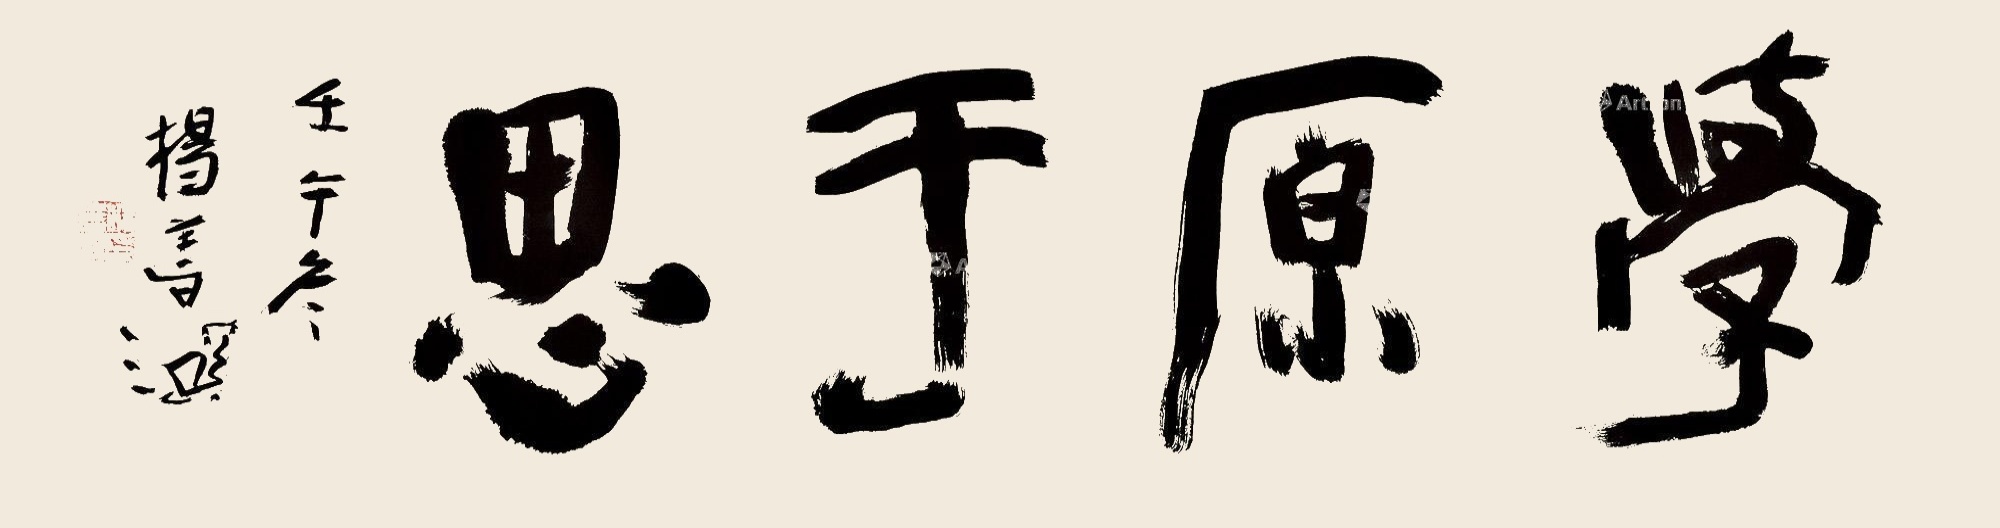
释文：学原于思壬午冬杨善深。